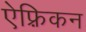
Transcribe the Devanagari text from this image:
ऐफ़्रिकन